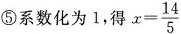
⑤系数化为1，得 $$x= \frac{14}{5}$$